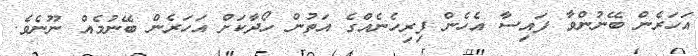
އަހަރެން ބޭނުންވާ ފައިސާ އެހެން ފިރިހެނެއްގެ އަތުން ހޯދާކަށް އަހަރެން ބޭނުމެއް ނޫނެވެ.